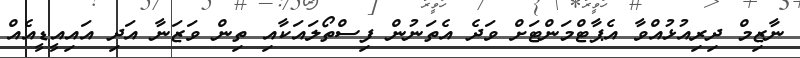
ނާޒިމް ދިރިއުޅުއްވާ އެޕާޓްމަންޓަށް ވަދެ އެތަނުން ފިސްތޯލައަކާއި ތިން ވަޒަނާ އަދި އައިއީޑީއެއް